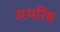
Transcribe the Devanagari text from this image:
अथरिष्ट